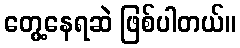
တွေ့နေရဆဲ ဖြစ်ပါတယ်။